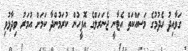
ގަވާއިދު ހެދުމުގެ މަސައްކަތް އެޓާނީ ޖެނަރަލްގެ އޮފީހުން ކުރަމުންދާ ކަމަށް އުމަރު ވިދާޅުވި